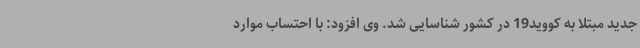
جدید مبتلا به کووید19 در کشور شناسایی شد. وی افزود: با احتساب موارد